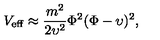
V _ { \mathrm { e f f } } \approx \frac { m ^ { 2 } } { 2 \upsilon ^ { 2 } } \Phi ^ { 2 } ( \Phi - \upsilon ) ^ { 2 } ,